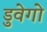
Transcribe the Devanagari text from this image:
डुवेगो